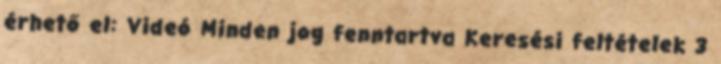
érhető el: Videó Minden jog fenntartva Keresési feltételek 3